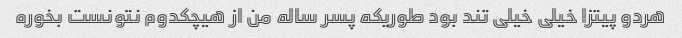
هردو پیتزا خیلی خیلی تند بود طوریکه پسر ساله من از هیچکدوم نتونست بخوره